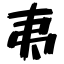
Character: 夷